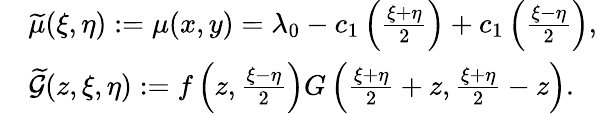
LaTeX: \begin{array}{rl}&{{\widetilde{\mu}(\xi,\eta):=\mu(x,y)=\lambda_{0}-c_{1}\left(\frac{\xi+\eta}{2}\right)+c_{1}\left(\frac{\xi-\eta}{2}\right)},}\\ &{\widetilde{\mathcal{G}}(z,\xi,\eta):=f\left(z,\frac{\xi-\eta}{2}\right)G\left(\frac{\xi+\eta}{2}+z,\frac{\xi+\eta}{2}-z\right).}\end{array}